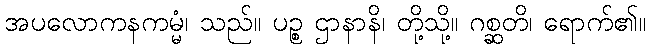
အပလောကနကမ္မံ၊ သည်။ ပဉ္စ ဌာနာနိ၊ တို့သို့။ ဂစ္ဆတိ၊ ရောက်၏။